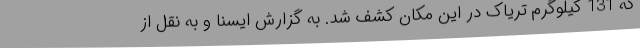
که 131 کیلوگرم تریاک در این مکان کشف شد. به گزارش ایسنا و به نقل از